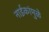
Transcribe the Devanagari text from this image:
नाईकांमुळे